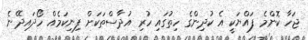
ޖަހާ ކޮންމެ ފައްޔަކީ އެ ކުދިންގެ ހިތުގައި ހުރި އުދާސްތަކަށް ފިނިކަމެއް ހޯދައިދޭނެ